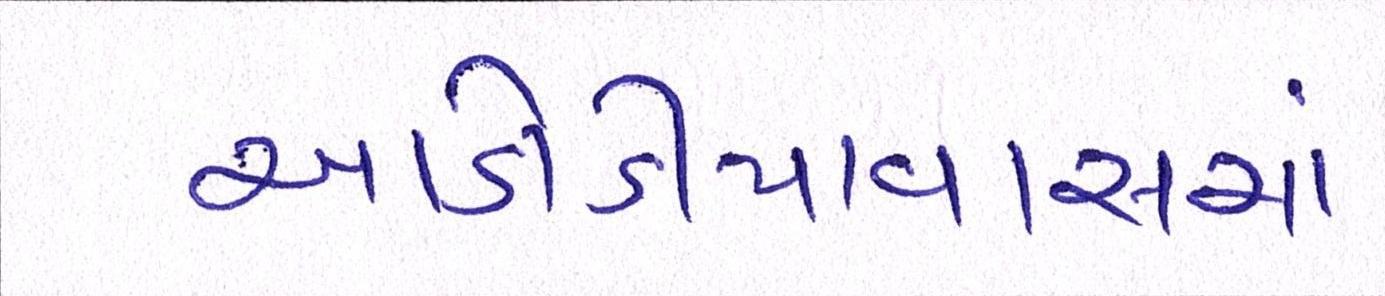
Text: આડોડીયાવાસમાં